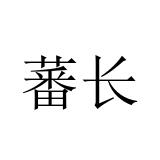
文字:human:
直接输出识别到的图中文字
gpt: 蕃长